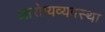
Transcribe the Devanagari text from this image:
आरोग्यव्यवस्था